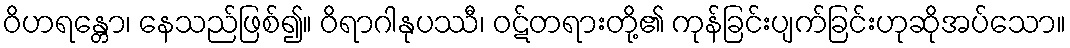
ဝိဟရန္တော၊ နေသည်ဖြစ်၍။ ဝိရာဂါနုပဿီ၊ ဝဋ်တရားတို့၏ ကုန်ခြင်းပျက်ခြင်းဟုဆိုအပ်သော။